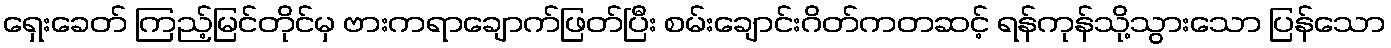
ရှေးခေတ် ကြည့်မြင်တိုင်မှ ဗားကရာချောက်ဖြတ်ပြီး စမ်းချောင်းဂိတ်ကတဆင့် ရန်ကုန်သို့သွားသော ပြန်သော